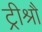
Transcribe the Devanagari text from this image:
ट्रीश्रौ